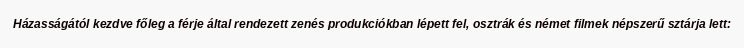
Házasságától kezdve főleg a férje által rendezett zenés produkciókban lépett fel, osztrák és német filmek népszerű sztárja lett: